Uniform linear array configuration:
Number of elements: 8
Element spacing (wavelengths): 0.25
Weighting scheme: hamming
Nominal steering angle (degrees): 60
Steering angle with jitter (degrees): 61.406
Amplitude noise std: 0.05
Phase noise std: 0.05

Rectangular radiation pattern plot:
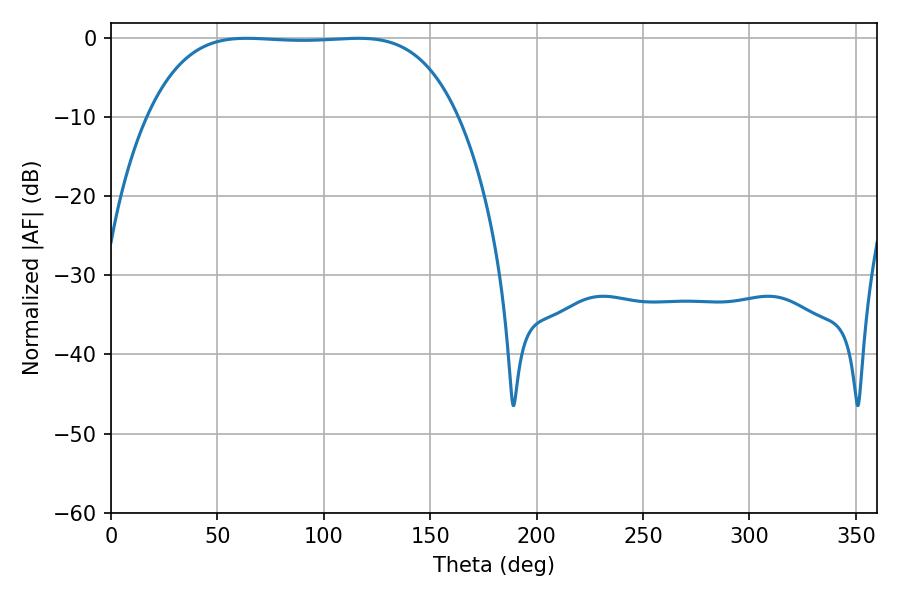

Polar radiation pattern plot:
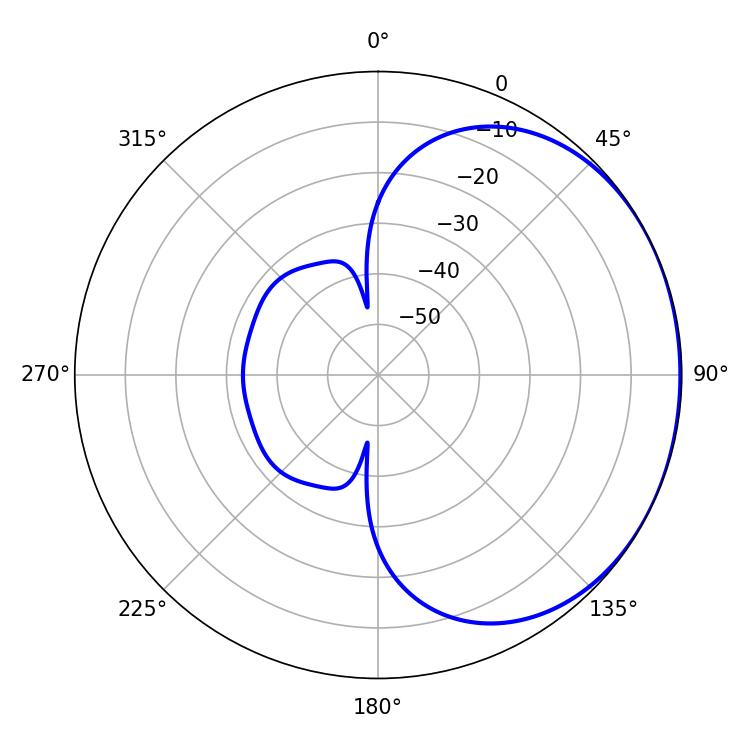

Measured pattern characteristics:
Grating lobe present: FALSE
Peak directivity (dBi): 0.9515
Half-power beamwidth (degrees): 113.04
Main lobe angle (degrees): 63.72